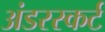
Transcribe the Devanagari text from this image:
अंडरस्कर्ट